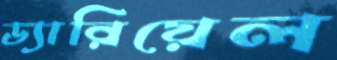
ড্যারিয়েল